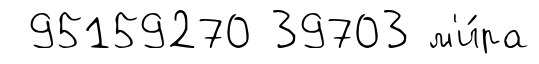
95159270 39703 м'и́ра